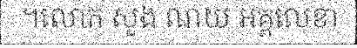
។លោក សួង ណយ អគ្គលេខា